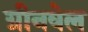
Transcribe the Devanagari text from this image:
ग्रीनवेल